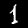
Digit: 1